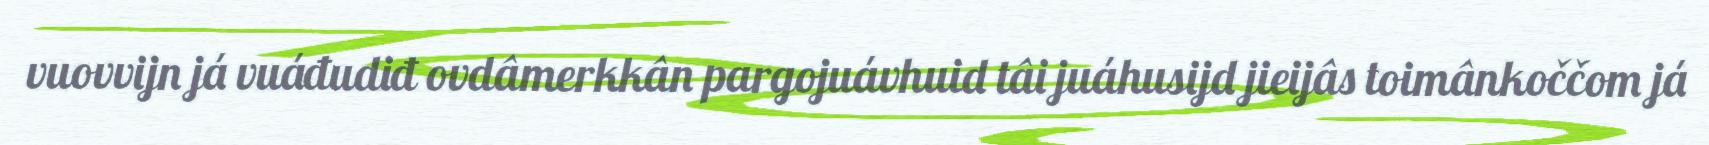
vuovvijn já vuáđudiđ ovdâmerkkân pargojuávhuid tâi juáhusijd jieijâs toimânkoččom já